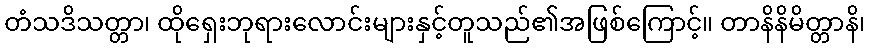
တံသဒိသတ္တာ၊ ထိုရှေးဘုရားလောင်းများနှင့်တူသည်၏အဖြစ်ကြောင့်။ တာနိနိမိတ္တာနိ၊